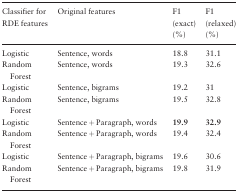
| Classifier for RDE features | Original features | F1 (exact) (%) | F1 (relaxed) (%) |
 | --- | --- | --- | --- |
 | Logistic | Sentence, words | 18.8 | 31.1 |
 | Random Forest | Sentence, words | 19.3 | 32.6 |
 | Logistic | Sentence, bigrams | 19.2 | 31 |
 | Random Forest | Sentence, bigrams | 19.5 | 32.8 |
 | Logistic | Sentence + Paragraph, words | 19.9 | 32.9 |
 | Random Forest | Sentence + Paragraph, words | 19.4 | 32.4 |
 | Logistic | Sentence + Paragraph, bigrams | 19.6 | 30.6 |
 | Random Forest | Sentence + Paragraph, bigrams | 19.8 | 31.9 |